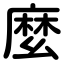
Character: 麼